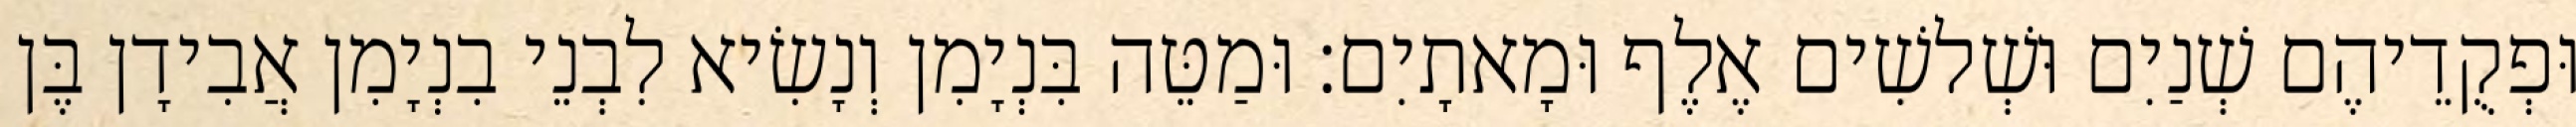
וּפְקֻדֵיהֶם שְׁנַיִם וּשְׁלשִׁים אֶלֶף וּמָאתָיִם׃ וּמַטֵּה בִּנְיָמִן וְנָשִׂיא לִבְנֵי בִנְיָמִן אֲבִידָן בֶּן